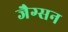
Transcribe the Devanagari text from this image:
जैग्सन